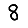
Digit: 8